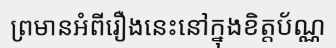
ព្រមានអំពីរឿងនេះនៅក្នុងខិត្តប័ណ្ណ